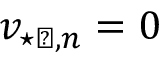
v _ { \star \perp , n } = 0